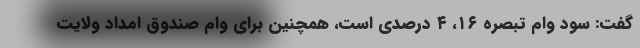
گفت: سود وام تبصره ۱۶، ۴ درصدی است، همچنین برای وام صندوق امداد ولایت